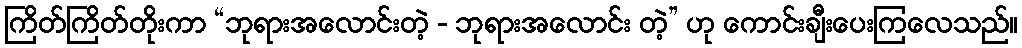
ကြိတ်ကြိတ်တိုးကာ “ဘုရားအလောင်းတဲ့ - ဘုရားအလောင်း တဲ့” ဟု ကောင်းချီးပေးကြလေသည်။